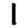
Digit: 1